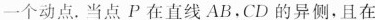
一个动点.当点P在直线AB，CD的异侧，且在